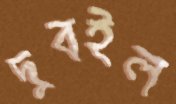
দুবইল